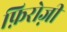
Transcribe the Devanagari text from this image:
फ़िरोज़ी